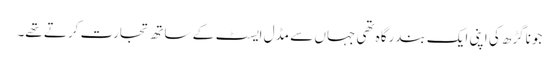
جوناگڑھ کی اپنی ایک بندرگاہ تھی جہاں سے مڈل ایسٹ کے ساتھ تجارت کرتے تھے۔